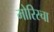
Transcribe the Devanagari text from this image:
मोरिस्चा